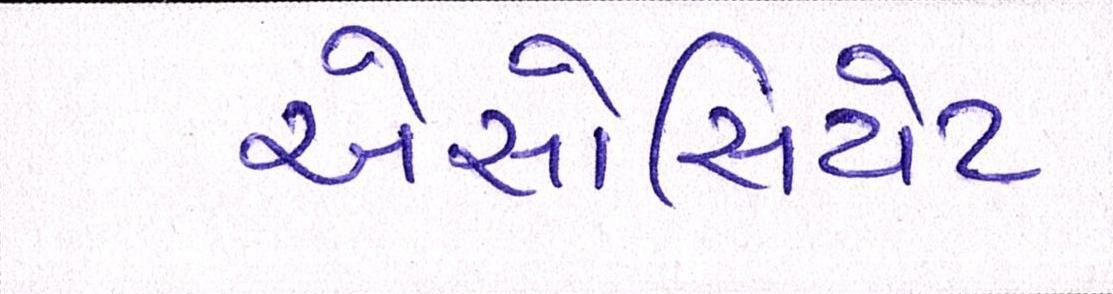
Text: એસોસિયેટ